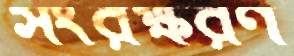
সংরক্ষরণ